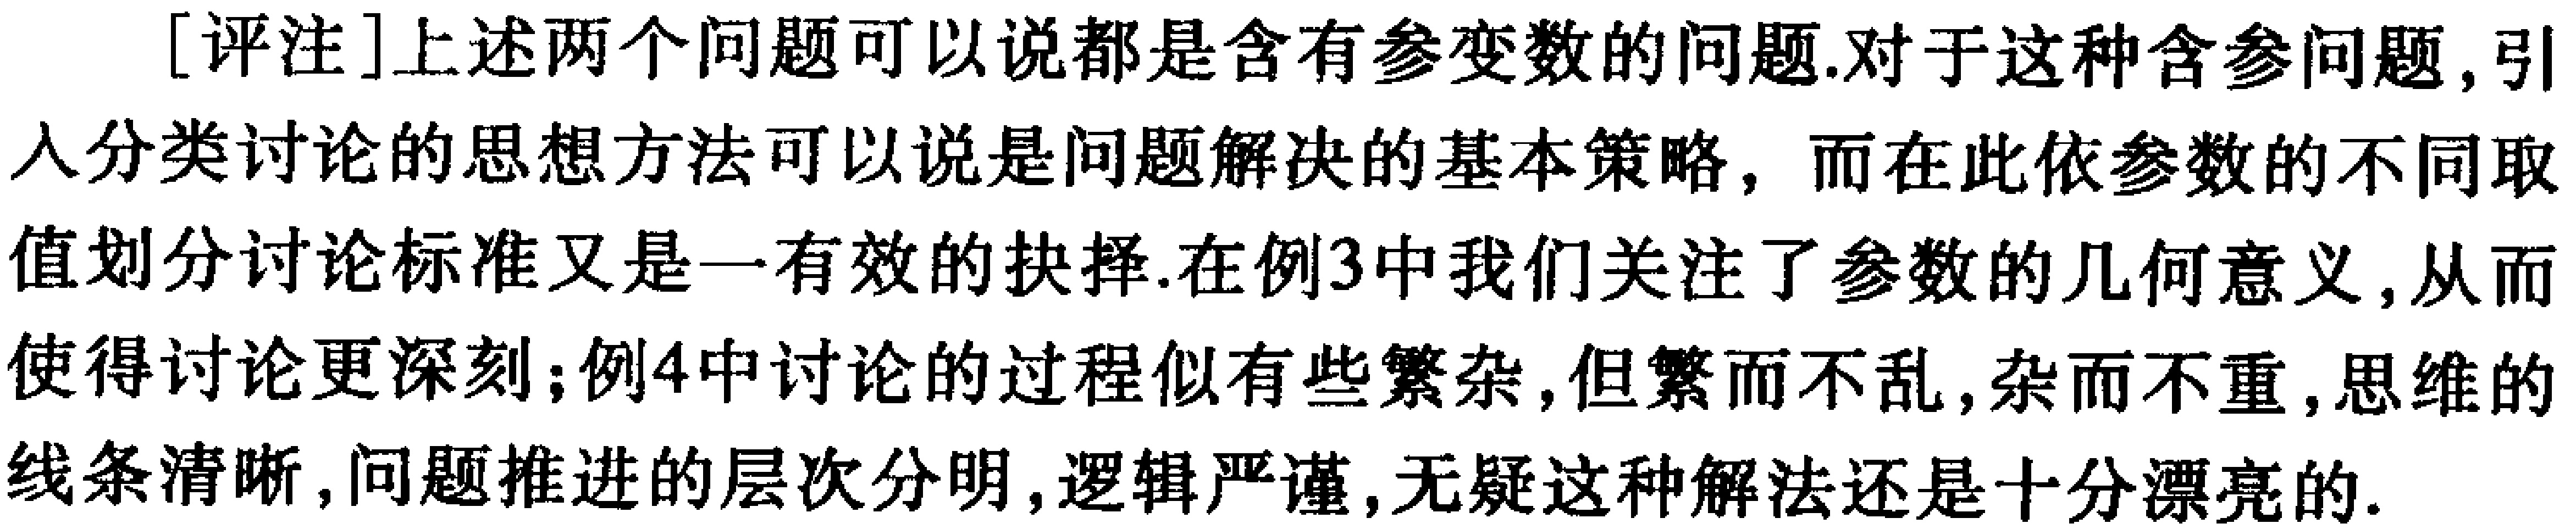
[评注]上述两个问题可以说都是含有参变数的问题.对于这种含参问题,引入分类讨论的思想方法可以说是问题解决的基本策略，而在此依参数的不同取值划分讨论标准又是一有效的抉择.在例3中我们关注了参数的几何意义,从而使得讨论更深刻;例4中讨论的过程似有些繁杂,但繁而不乱,杂而不重,思维的线条清晰,问题推进的层次分明,逻辑严谨,无疑这种解法还是十分漂亮的.